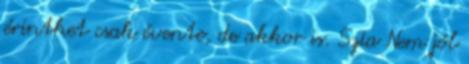
érinthet csak évente, de akkor is. Szia Nem jól